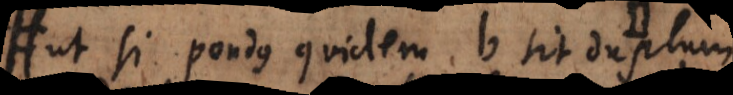
ut si pondus quidem b sit duplum